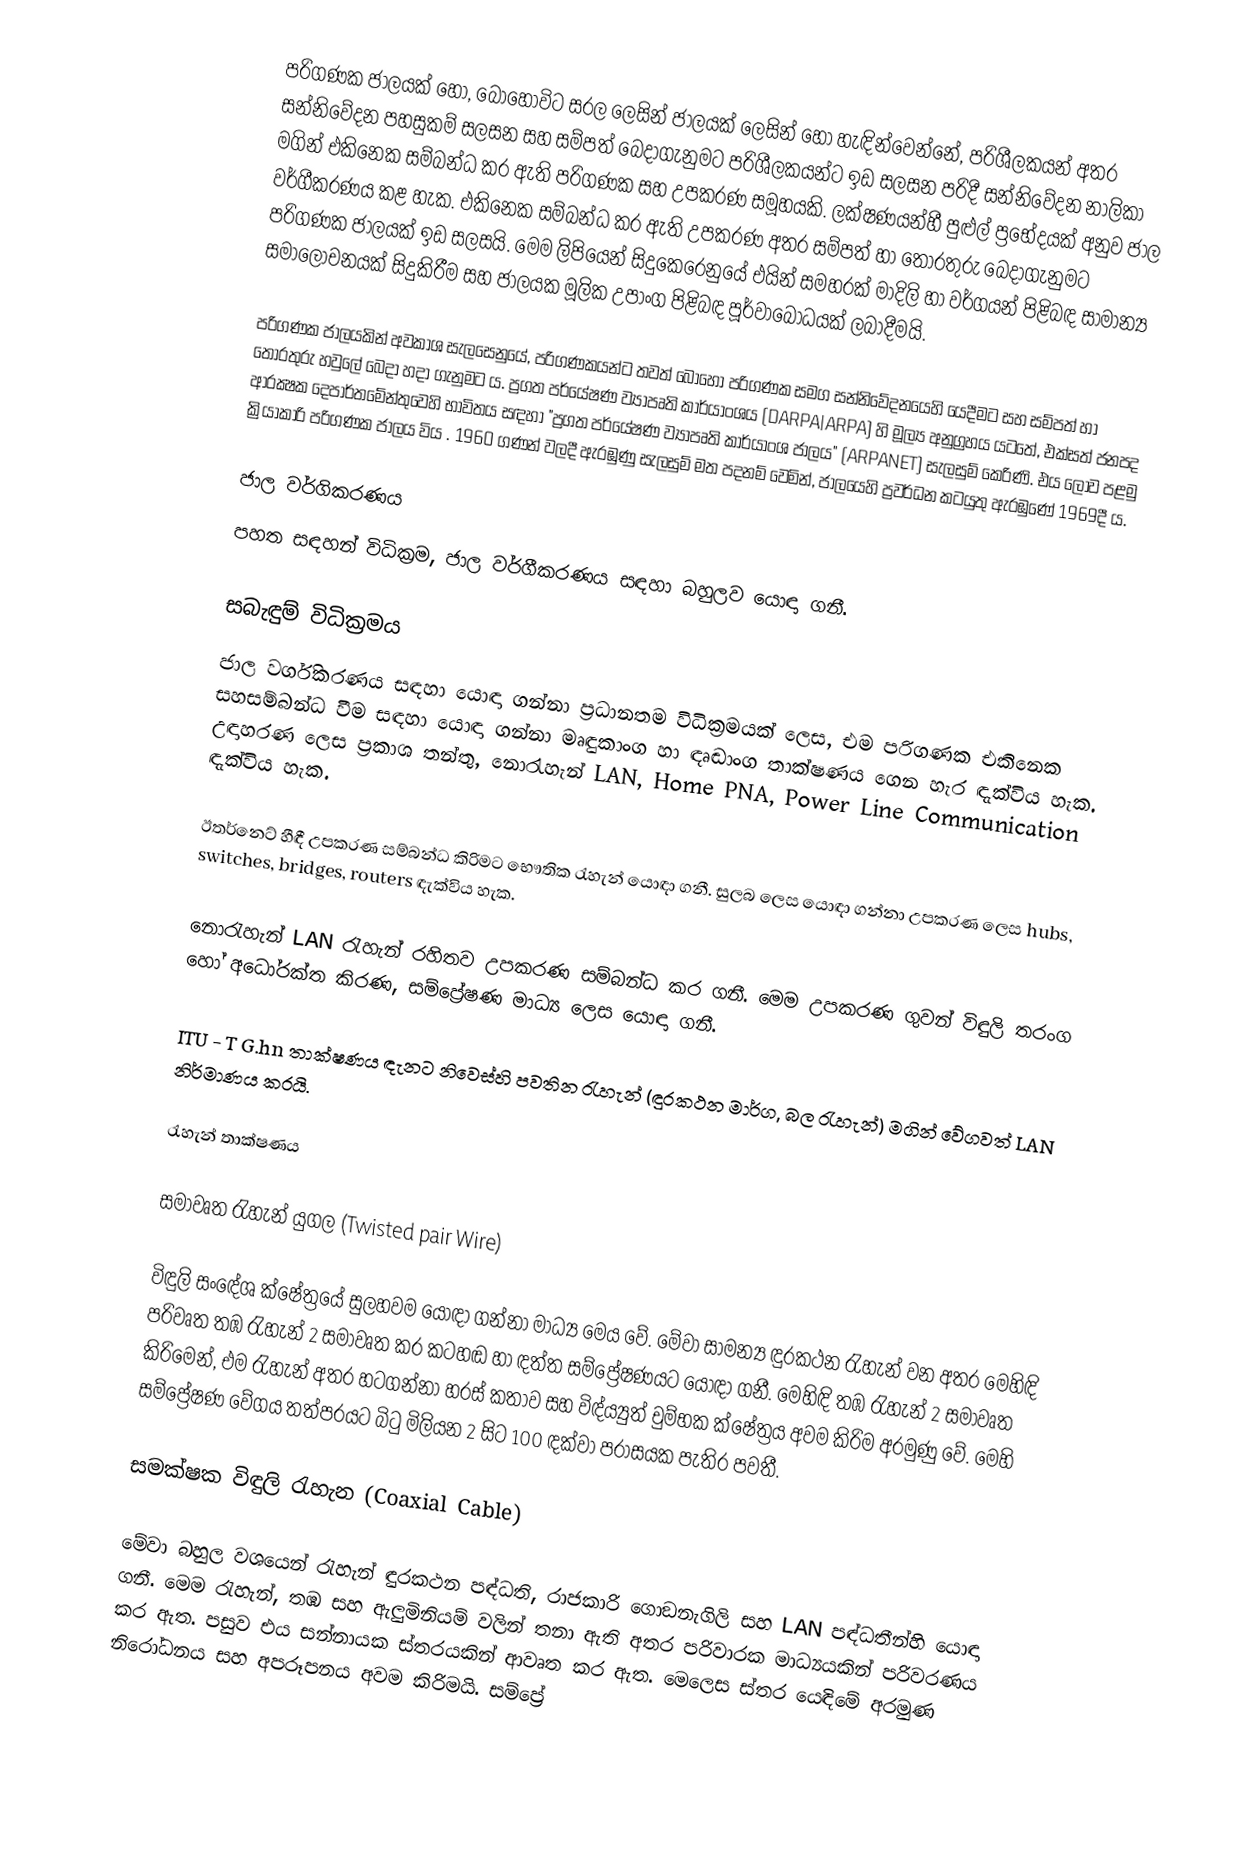
පරිගණක ජාලයක් හෝ, බොහෝවිට සරල ලෙසින් ජාලයක් ලෙසින් හෝ  හැඳින්වෙන්නේ, පරිශීලකයන් අතර සන්නිවේදන පහසුකම් සලසන සහ සම්පත් බෙදාගැනුමට පරිශීලකයන්ට ඉඩ සලසන පරිදී සන්නිවේදන නාලිකා මගින් එකිනෙක සම්බන්ධ කර ඇති පරිගණක සහ උපකරණ සමූහයකි.  ලක්ෂණයන්හී පුළුල් ප්‍රභේදයක් අනුව ජාල වර්ගීකරණය කළ හැක. එකිනෙක සම්බන්ධ කර ඇති උපකරණ අතර සම්පත් හා තොරතුරු බෙදාගැනුමට පරිගණක ජාලයක් ඉඩ සලසයි. මෙම ලිපියෙන් සිදුකෙරෙනුයේ එයින් සමහරක් මාදිලි හා වර්ගයන් පිළිබඳ සාමාන්‍ය  සමාලෝචනයක්  සිදුකිරීම සහ  ජාලයක මූලික උපාංග පිළිබඳ පූර්වාබෝධයක් ලබාදීමයි.

පරිගණක ජාලයකින් අවකාශ සැලසෙනුයේ, පරිගණකයන්ට තවත් බොහෝ පරිගණක සමග සන්නිවේදනයෙහි යෙදීමට සහ සම්පත් හා තොරතුරු හවුලේ බෙදා හදා ගැනුමට ය. ප්‍රගත පර්යේෂණ ව්‍යාපෘති කාර්යාංශය (DARPA|ARPA) හි මූල්‍ය අනුග්‍රහය යටතේ, එක්සත් ජනපද ආරක්‍ෂක දෙපාර්තමේන්තුවෙහි භාවිතය සඳහා "ප්‍රගත පර්යේෂණ ව්‍යාපෘති කාර්යාංශ ජාලය" (ARPANET) සැලසුම් කෙරිණි. එය ‍ලොව පළමු ක්‍රියාකාරි පරිගණක ජාලය විය . 1960 ගණන් වලදී ඇරඹුණු සැලසුම් මත පදනම් වෙමින්, ජාලයෙහි ප්‍රවර්ධන කටයුතු ඇරඹුණේ 1969දී ය.

ජාල වර්ගිකරණය
පහත සඳහන් විධික්‍රම, ජාල වර්ගීකරණය සඳහා බහුලව යොඳා ගනී.

සබැඳුම් විධික්‍රමය
ජාල වර්ගිකරණය සඳහා යොඳා ගන්නා ප්‍රධානතම විධික්‍රමයක් ලෙස, එම පරිගණක එකිනෙක සහසම්බන්ධ වීම සඳහා යොඳා ගන්නා මෘඳුකාංග හා ඳෘඬාංග තාක්ෂණය ගෙන හැර ඳැක්විය හැක. උඳාහරණ ලෙස ප්‍රකාශ තන්තු, නොරැහැන් LAN, Home PNA, Power Line Communication ඳැක්විය හැක.

ඊතර්නෙට් හීඳී උපකරණ සම්බන්ධ කිරිමට භෞතික රැහැන් යොඳා ගනී. සුලබ ලෙස යොඳා ගන්නා උපකරණ ලෙස hubs, switches, bridges, routers ඳැක්විය හැක.

නොරැහැන් LAN රැහැන් රහිතව උපකරණ සම්බන්ධ කර ගනී. මෙම උපකරණ ගුවන් විඳුලි තරංග හෝ අධෝරක්ත කිරණ, සම්ප්‍රේෂණ මාධ්‍ය ලෙස යොඳා ගනී.

ITU - T  G.hn තාක්ෂණය ඳැනට නිවෙස්හි පවතින රැහැන් (ඳුරකථන මාර්ග, බල රැහැන්) මගින් වේගවත් LAN නිර්මාණය කරයි.

රැහැන් තාක්ෂණය

සමාවෘත රැහැන් යුගල (Twisted pair Wire)

විඳුලි සංඳේශ ක්ෂේත්‍රයේ සුලහවම යොඳා ගන්නා මාධ්‍ය මෙය වේ. මේවා සාමන්‍ය ඳුරකථන රැහැන් වන අතර මෙහිඳි පරිවෘත තඹ රැහැන් 2 සමාවෘත කර කටහඬ හා ඳත්ත සම්ප්‍රේෂණයට යොඳා ගනී. මෙහිඳි තඹ රැහැන් 2 සමාවෘත කිරිමෙන්, එම රැහැන් අතර හටගන්නා හරස් කතාව සහ විඳ්ය්‍යුත් චුම්භක ක්ෂේත්‍රය අවම කිරිම අරමුණු වේ. මෙහි සම්ප්‍රේෂණ වේගය තත්පරයට බිටු මිලියන 2 සිට 100 ඳක්වා පරාසයක පැතිර පවතී.

සමක්ෂක විඳුලි රැහැන (Coaxial Cable)

මේවා බහුල වශයෙන් රැහැන් ඳුරකථන පඳ්ධති, රාජකාරි ගොඞනැගිලි සහ LAN පඳ්ධතීන්හි යොඳා ගනී. මෙම රැහැන්, තඹ සහ ඇලුමිනියම් වලින් තනා ඇති අතර පරිවාරක මාධ්‍යයකින්  පරිවරණය කර ඇත. පසුව එය සන්නායක ස්තරයකින් ආවෘත කර ඇත. මෙලෙස ස්තර යෙඳිමේ අරමුණ නිරෝධනය සහ අපරූපනය අවම කිරිමයි. සම්ප්‍රේ